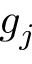
g _ { j }